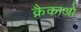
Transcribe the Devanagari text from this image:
क्रैकाओ